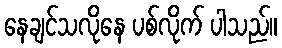
နေချင်သလိုနေ ပစ်လိုက် ပါသည်။